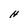
Character: H